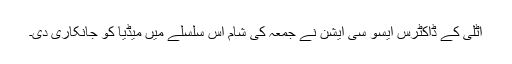
اٹلی کے ڈاکٹرس ایسو سی ایشن نے جمعہ کی شام اس سلسلے میں میڈیا کو جانکاری دی۔